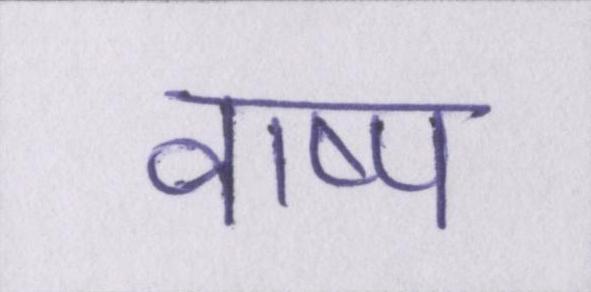
वाष्प